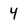
Character: 4